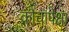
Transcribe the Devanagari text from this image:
क्रौंचापेक्षा